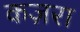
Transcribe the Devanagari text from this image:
कज़रा